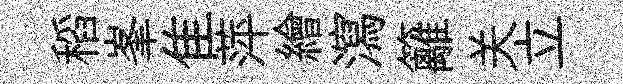
稻峯隹萍繪瀉籬关立